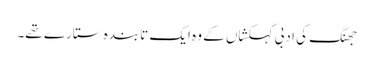
جھنگ کی ادبی کہکشاں کے وہ ایک تابندہ ستارے تھے۔